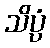
သိပ္ပံ